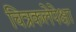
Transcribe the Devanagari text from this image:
चित्रकलेपेक्षा